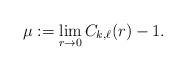
LaTeX: \begin{align*}\mu := \lim_{r \to 0} C_{k,\ell}(r)-1.\end{align*}